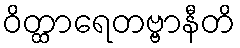
ဝိတ္ထာရေတဗ္ဗာနီတိ